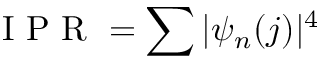
\mathrm { ~ I ~ P ~ R ~ } = \sum | \psi _ { n } ( j ) | ^ { 4 }